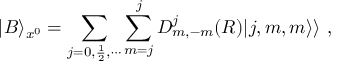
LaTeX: | B \rangle _ { x ^ { 0 } } = \sum _ { j = 0 , \frac { 1 } { 2 } , \cdots } \sum _ { m = j } ^ { j } D _ { m , - m } ^ { j } ( { \cal R } ) | j , m , m \rangle \rangle ~ ,